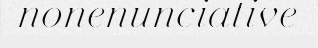
nonenunciative